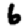
Digit: 6